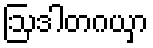
ဩဒါတဂယှာ